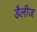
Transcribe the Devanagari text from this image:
डैलीज